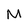
Character: m